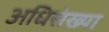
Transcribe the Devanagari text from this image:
अधिसंख्या